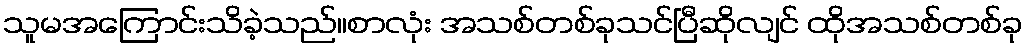
သူမအကြောင်းသိခဲ့သည်။စာလုံး အသစ်တစ်ခုသင်ပြီဆိုလျင် ထိုအသစ်တစ်ခု